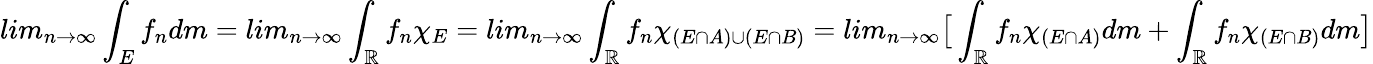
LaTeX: lim_{n\rightarrow\infty}\int_{E}f_{n}dm=lim_{n\rightarrow\infty}\int_{\mathbb{R}}f_{n}\chi_{E}=lim_{n\rightarrow\infty}\int_{\mathbb{R}}f_{n}\chi_{(E\cap A)\cup(E\cap B)}=lim_{n\rightarrow\infty}\big[\int_{\mathbb{R}}f_{n}\chi_{(E\cap A)}dm+\int_{\mathbb{R}}f_{n}\chi_{(E\cap B)}dm\big]